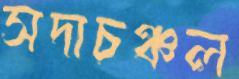
সদাচঞ্চল